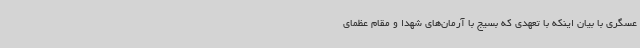
عسگری با بیان اینکه با تعهدی که بسیج با آرمان‌های شهدا و مقام عظمای